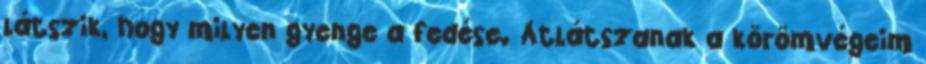
látszik, hogy milyen gyenge a fedése. Átlátszanak a körömvégeim